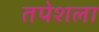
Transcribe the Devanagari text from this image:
तपेशला